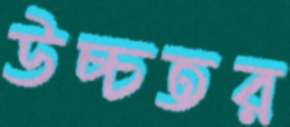
উচ্চতর